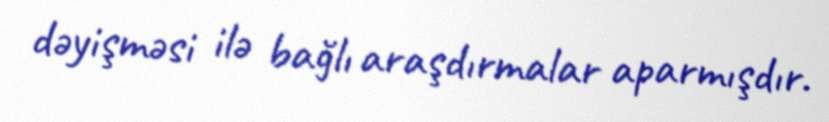
dəyişməsi ilə bağlı araşdırmalar aparmışdır.